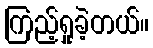
ကြည့်ရှုခဲ့တယ်။